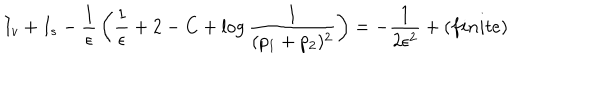
LaTeX: I _ { v } + I _ { s } - { \frac { 1 } { \epsilon } } \left( { \frac { 1 } { \epsilon } } + 2 - C + \log { \frac { 1 } { ( p _ { 1 } + p _ { 2 } ) ^ { 2 } } } \right) = - { \frac { 1 } { 2 \epsilon ^ { 2 } } } + ( f i n i t e )